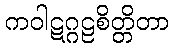
ကဝါဋဂ္ဂဠစိတ္တိတာ